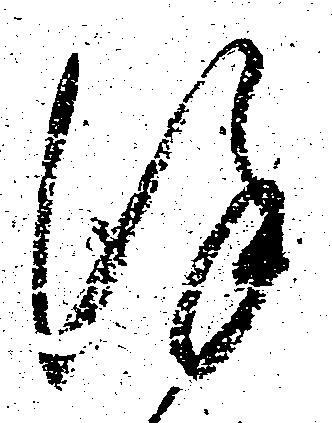
謹